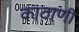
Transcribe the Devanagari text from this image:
काठाणी